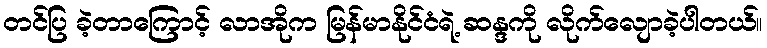
တင်ပြ ခဲ့တာကြောင့် လာအိုက မြန်မာနိုင်ငံရဲ့ ဆန္ဒကို လိုက်လျောခဲ့ပါတယ်။